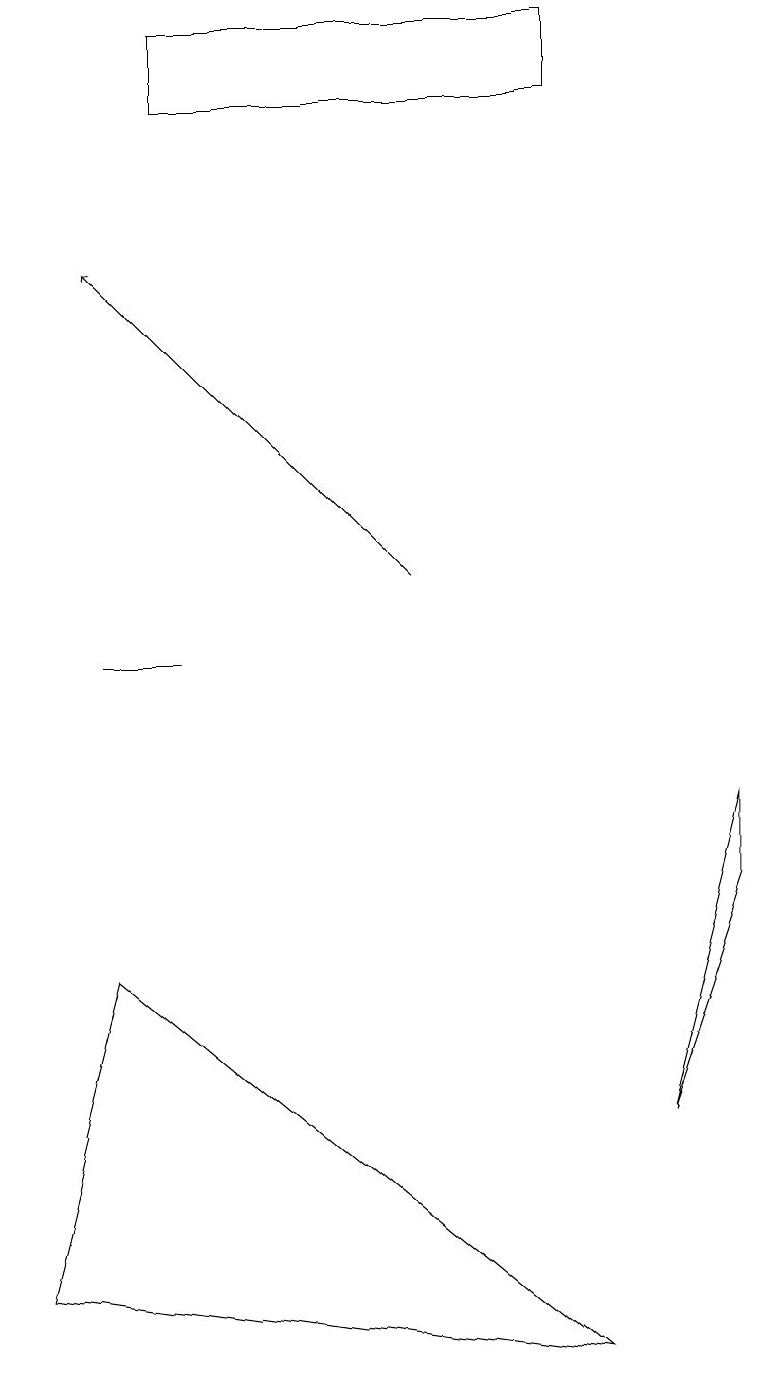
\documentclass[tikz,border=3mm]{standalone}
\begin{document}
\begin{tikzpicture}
\draw (1,7) -- (0,3) -- (7,2) -- cycle;
\draw[->] (5,12) -- (1,16);
\draw (2,19) rectangle (7,18);
\draw (2,11) rectangle (1,11);
\draw (9,8) -- (9,9) -- (8,5) -- cycle;
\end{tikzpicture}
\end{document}